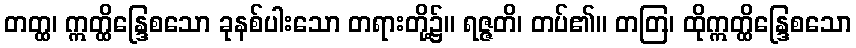
တတ္ထ၊ ဣတ္ထိန္ဒြေစသော ခုနစ်ပါးသော တရားတို့၌။ ရဇ္ဇတိ၊ တပ်၏။ တတြ၊ ထိုဣတ္ထိန္ဒြေစသော